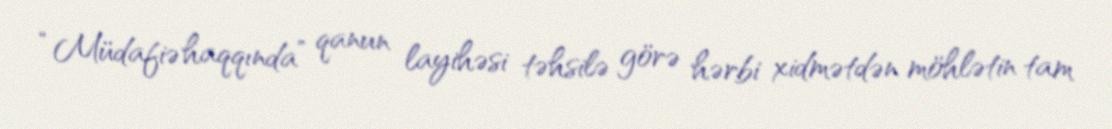
“Müdafiə haqqında” qanun layihəsi təhsilə görə hərbi xidmətdən möhlətin tam